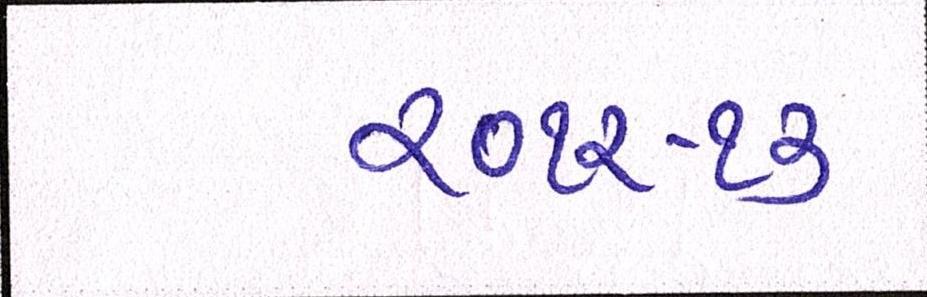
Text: ૨૦૧૨-૧૩